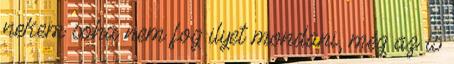
nekem soha nem fog ilyet mondani, még az is